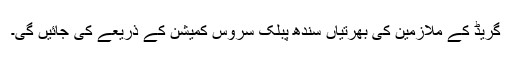
گریڈ کے ملازمین کی بھرتیاں سندھ پبلک سروس کمیشن کے ذریعے کی جائیں گی۔